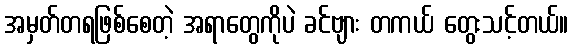
အမှတ်တရဖြစ်စေတဲ့ အရာတွေကိုပဲ ခင်ဗျား တကယ် တွေးသင့်တယ်။